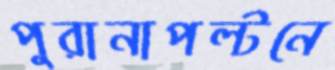
পুরানাপল্টনে